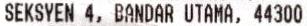
SEKSYEN 4, BANDAR UTAMA, 44300